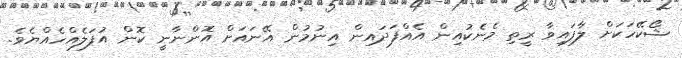
ޝޯކޭހަކަށް ލާފައިވާ ރީތި މެނެކުއިން އެއްފަދައިން އިނުމުން އޭނައަށް އޮންނާނީ ކޮން އުފަލެއްހެއްޔެވެ.